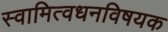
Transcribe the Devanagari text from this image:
स्वामित्वधनविषयक